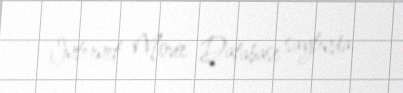
Internet Movie Database saytında.